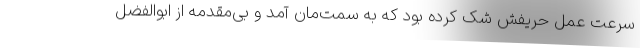
سرعت عمل حریفش شک کرده بود که به سمت‌مان آمد و بی‌مقدمه از ابوالفضل